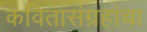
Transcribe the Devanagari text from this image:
कवितासंग्रहांचा